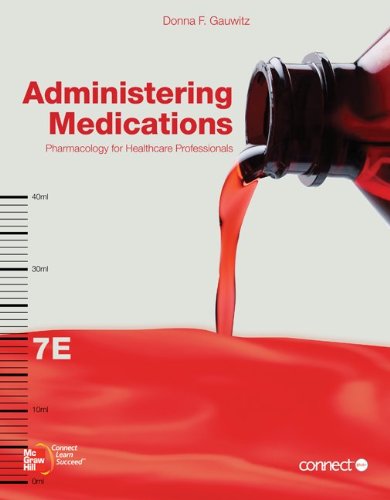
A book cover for Administering Medications; Donna F. Gauwitz; Medical Books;